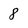
Character: 8